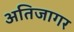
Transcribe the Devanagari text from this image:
अतिजागर